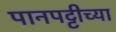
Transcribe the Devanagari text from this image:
पानपट्टीच्या